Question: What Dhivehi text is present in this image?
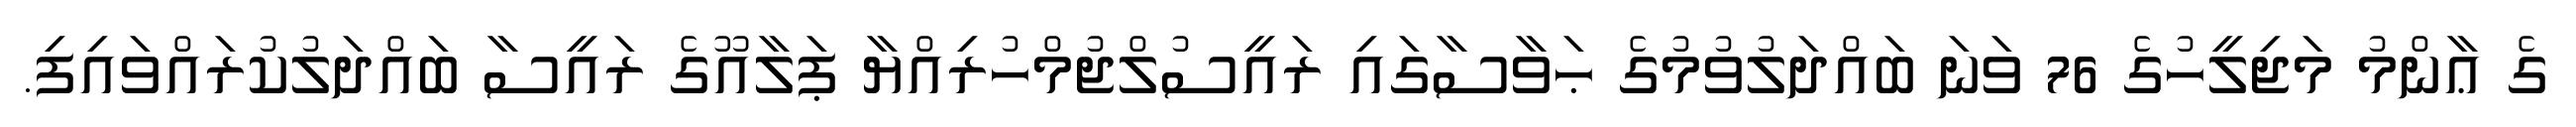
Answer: ގެ ޢާންމު މަޖިލީހުގެ 76 ވަނަ ބައްދަލުވުމުގެ ޙަވާސާގައި ރައީސުލްޖުމްހުރިއްޔާ ޕަލާއޫގެ ރައީސާ ބައްދަލުކުރައްވައިފި.